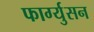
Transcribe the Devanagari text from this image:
फार्ग्युसन